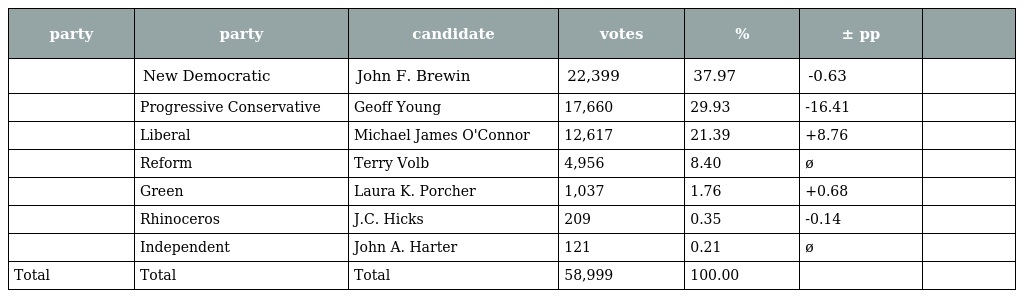
| party | party | candidate | votes | % | ± pp |  |
 | --- | --- | --- | --- | --- | --- | --- |
 |  | New Democratic | John F. Brewin | 22,399 | 37.97 | -0.63 |  |
 |  | Progressive Conservative | Geoff Young | 17,660 | 29.93 | -16.41 |  |
 |  | Liberal | Michael James O'Connor | 12,617 | 21.39 | +8.76 |  |
 |  | Reform | Terry Volb | 4,956 | 8.40 | ø |  |
 |  | Green | Laura K. Porcher | 1,037 | 1.76 | +0.68 |  |
 |  | Rhinoceros | J.C. Hicks | 209 | 0.35 | -0.14 |  |
 |  | Independent | John A. Harter | 121 | 0.21 | ø |  |
 | Total | Total | Total | 58,999 | 100.00 |  |  |